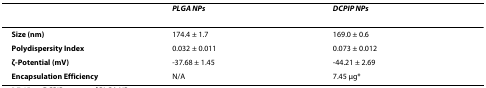
<table><thead><tr><td></td><td><b><i>PLGA NPs</i></b></td><td><b><i>DCPIP NPs</i></b></td></tr></thead><tbody><tr><td><b>Size (nm)</b></td><td>174.4 ± 1.7</td><td>169.0 ± 0.6</td></tr><tr><td><b>Polydispersity Index</b></td><td>0.032 ± 0.011</td><td>0.073 ± 0.012</td></tr><tr><td><b>ζ-Potential (mV)</b></td><td>-37.68 ± 1.45</td><td>-44.21 ± 2.69</td></tr><tr><td><b>Encapsulation Efficiency</b></td><td>N/A</td><td>7.45 μg*</td></tr></tbody></table>